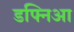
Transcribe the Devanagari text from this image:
डफ्निआ